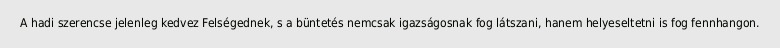
A hadi szerencse jelenleg kedvez Felségednek, s a büntetés nemcsak igazságosnak fog látszani, hanem helyeseltetni is fog fennhangon.